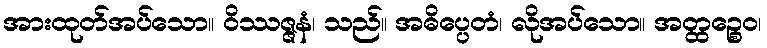
အားထုတ်အပ်သော။ ဝိဿဇ္ဇနံ၊ သည်။ အဓိပ္ပေတံ၊ လိုအပ်သော။ အတ္ထဉ္စေဝ၊